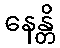
နေန္တိ